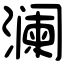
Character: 澜